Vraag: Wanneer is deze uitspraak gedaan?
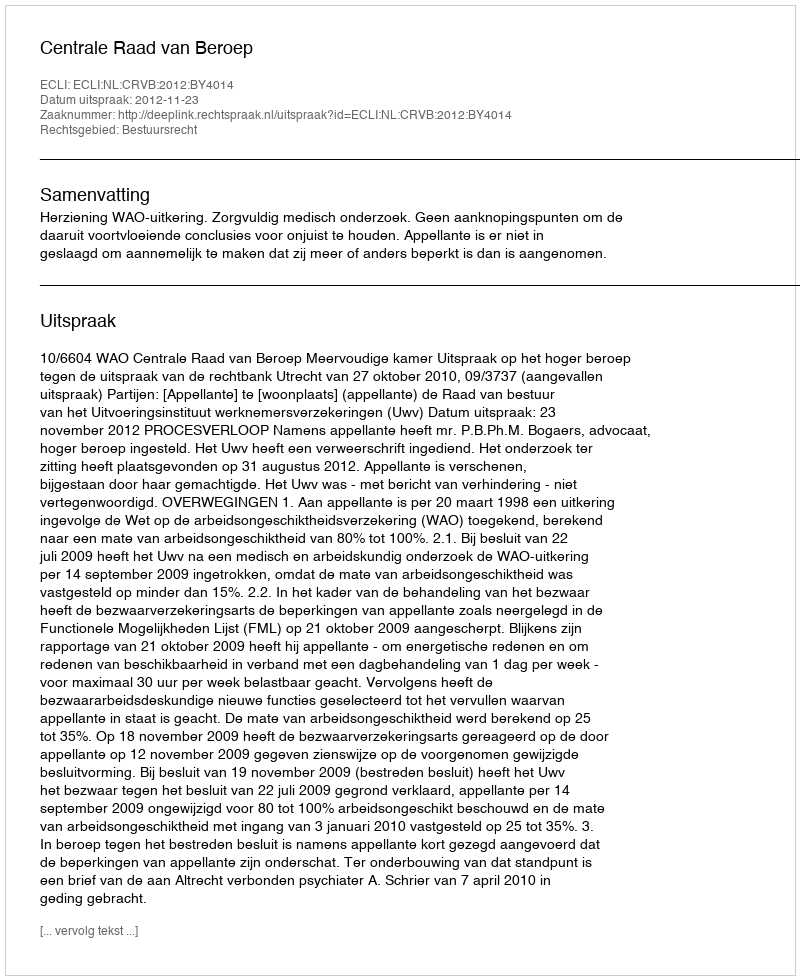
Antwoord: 2012-11-23